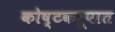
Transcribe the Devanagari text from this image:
कोष्टकरूपात